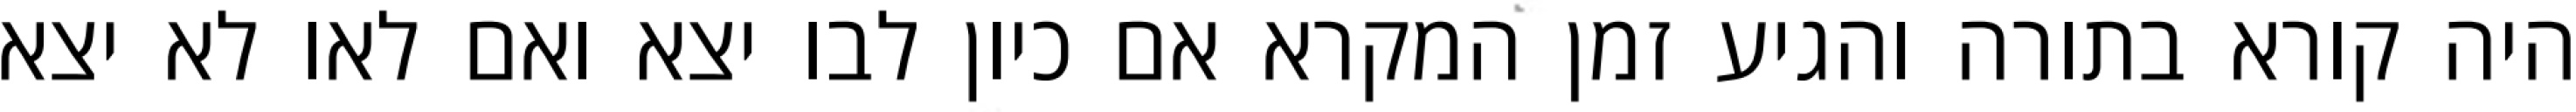
היה קורא בתורה והגיע זמן המקרא אם כיון לבו יצא ואם לאו לא יצא